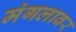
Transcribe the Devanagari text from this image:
मंगलावर